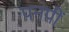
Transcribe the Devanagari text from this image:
पनपीं